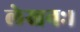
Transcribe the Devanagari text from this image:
लेखनः।